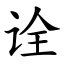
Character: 诠